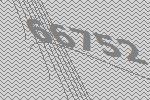
66752